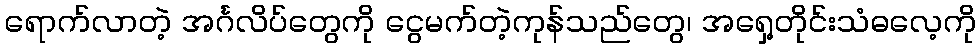
ရောက်လာတဲ့ အင်္ဂလိပ်တွေကို ငွေမက်တဲ့ကုန်သည်တွေ၊ အရှေ့တိုင်းသံဓလေ့ကို